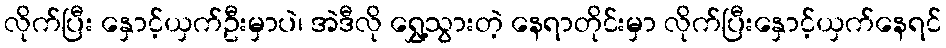
လိုက်ပြီး နှောင့်ယှက်ဦးမှာပဲ၊ အဲဒီလို ရွှေ့သွားတဲ့ နေရာတိုင်းမှာ လိုက်ပြီးနှောင့်ယှက်နေရင်